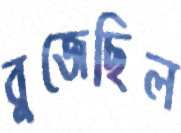
বুজেছিল